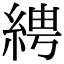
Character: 𦀔